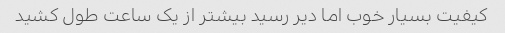
کیفیت بسیار خوب اما دیر رسید بیشتر از یک ساعت طول کشید